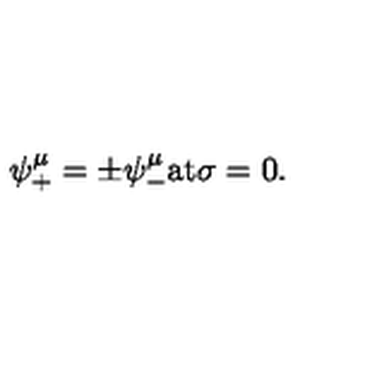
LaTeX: \psi _ { + } ^ { \mu } = \pm \psi _ { - } ^ { \mu } \mathrm { a t } \sigma = 0 .